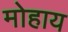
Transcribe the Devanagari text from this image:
मोहाय